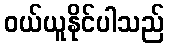
ဝယ်ယူနိုင်ပါသည်